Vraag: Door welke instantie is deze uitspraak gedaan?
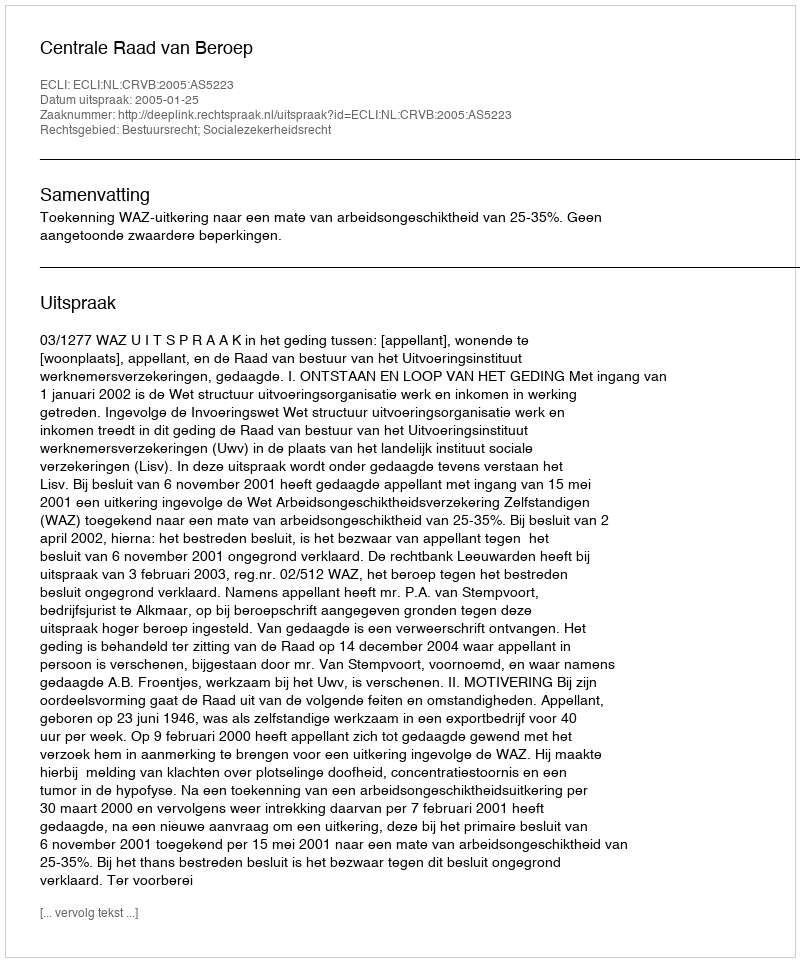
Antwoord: Centrale Raad van Beroep